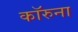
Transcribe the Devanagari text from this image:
कॉरुना